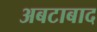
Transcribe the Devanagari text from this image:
अबटाबाद